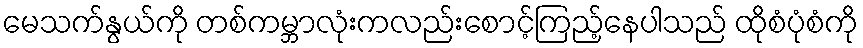
မေသက်နွယ်ကို တစ်ကမ္ဘာလုံးကလည်းစောင့်ကြည့်နေပါသည် ထိုစံပုံစံကို